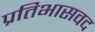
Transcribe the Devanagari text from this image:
प्रतिभासवद